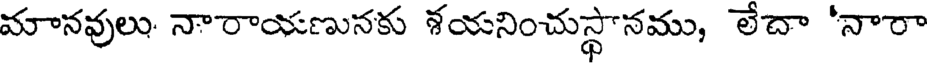
మానవులు నారాయణునకు శయనించుస్థానము, లేదా 'నారా